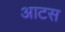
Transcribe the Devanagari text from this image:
आटस